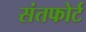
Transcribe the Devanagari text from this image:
संतफोर्ट